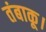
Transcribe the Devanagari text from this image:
तंबाकू।